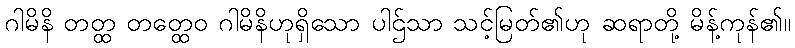
ဂါမိနိ တတ္ထ တတ္ထေဝ ဂါမိနိဟုရှိသော ပါဌ်သာ သင့်မြတ်၏ဟု ဆရာတို့ မိန့်ကုန်၏။